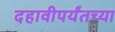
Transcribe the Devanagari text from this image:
दहावीपर्यंतच्या